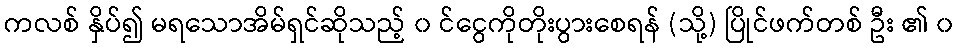
ကလစ် နှိပ်၍ မရသောအိမ်ရှင်ဆိုသည့် ၀ င်ငွေကိုတိုးပွားစေရန် (သို့) ပြိုင်ဖက်တစ် ဦး ၏ ၀